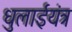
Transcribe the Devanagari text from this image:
धुलाईयंत्र